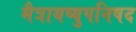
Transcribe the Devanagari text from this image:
मैत्रायष्युपनिषद